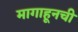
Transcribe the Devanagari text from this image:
मागाहूनची